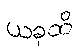
ယခုထိ